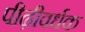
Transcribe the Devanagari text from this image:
पीढ़ीवर्धक